Annual vaccination report of Bihar and Orissa - 1911-1928
Year: 1911
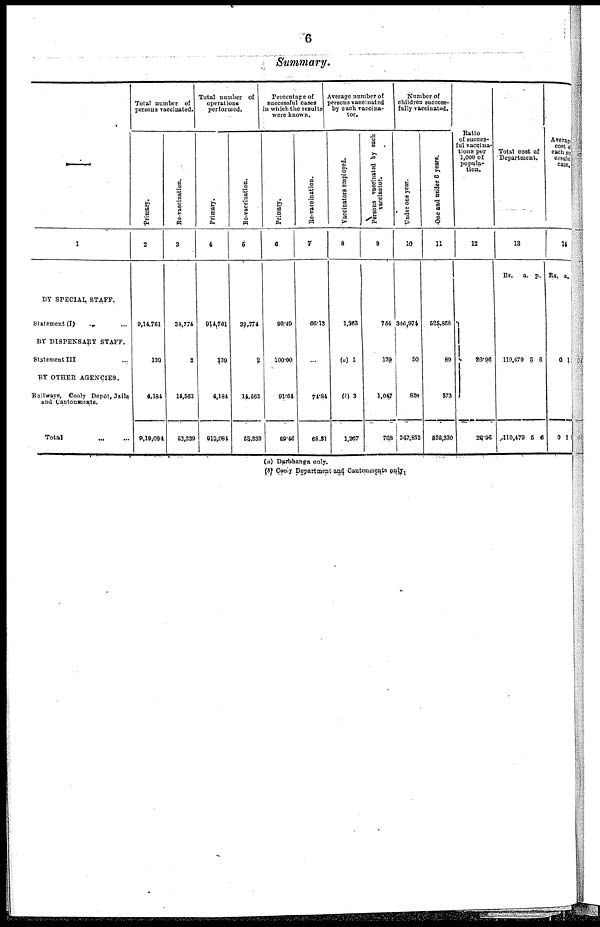
6
Summary.
—
1
BY SPECIAL STAFF.
Statement (I) ... ...
BY DISPENSARY STAFF.
Statement III ...
BY OTHER AGENCIES.
Railways, Cooly Depôt, Jails
and Cantonments.
Total
...
...
Total number of
persons vaccinated.
Primary.
2
9,14,761
139
4,184
9,19,084
Re-vaccination.
3
38,774
2
14,563
53,339
Total number of
operations
performed.
Primary.
4
914,761
‡39
4,184
919,084
Re-vaccination.
5
38,774
2
14,563
53,339
Percentage of
successful cases
in which the results
were known.
Primary.
6
90.49
100.00
91.64
99.46
Re-vaccination.
7
66.13
...
74.84
68.81
Average number of
persons vaccinated
by each vaccina-
tor.
Vaccinators employed.
8
1,363
(a) 1
(l)3
1,267
Persons vaccinated by each
vaccinator.
9
754
139
1,047
768
Number of
children success-
fully vaccinated.
Under one year.
10
346,974
50
828
347,852
One and under 6 year.
11
525,868
89
373
526,330
Ratio
of succes-
ful vaccina-
tions per
1,000 of
popula-
tion.
12
26.96
26.96
Total cost of
Department.
13
Rs.
a. P.
110,479
110,479
5
5
6
6
Average
cost of
each suc
cessful
case.
14
Rs.
0
0
a.
1
1
(a) Darbhanga only.
(b)Cooly Department and Cantonments only.